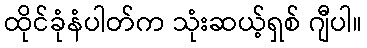
ထိုင်ခုံနံပါတ်က သုံးဆယ့်ရှစ် ဂျီပါ။